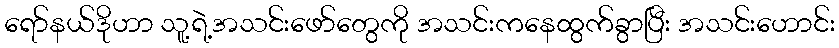
ရော်နယ်ဒိုဟာ သူ့ရဲ့အသင်းဖော်တွေကို အသင်းကနေထွက်ခွာပြီး အသင်းဟောင်း